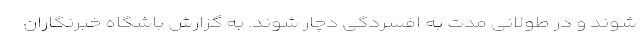
شوند و در طولانی مدت به افسردگی دچار شوند. به گزارش باشگاه خبرنگاران